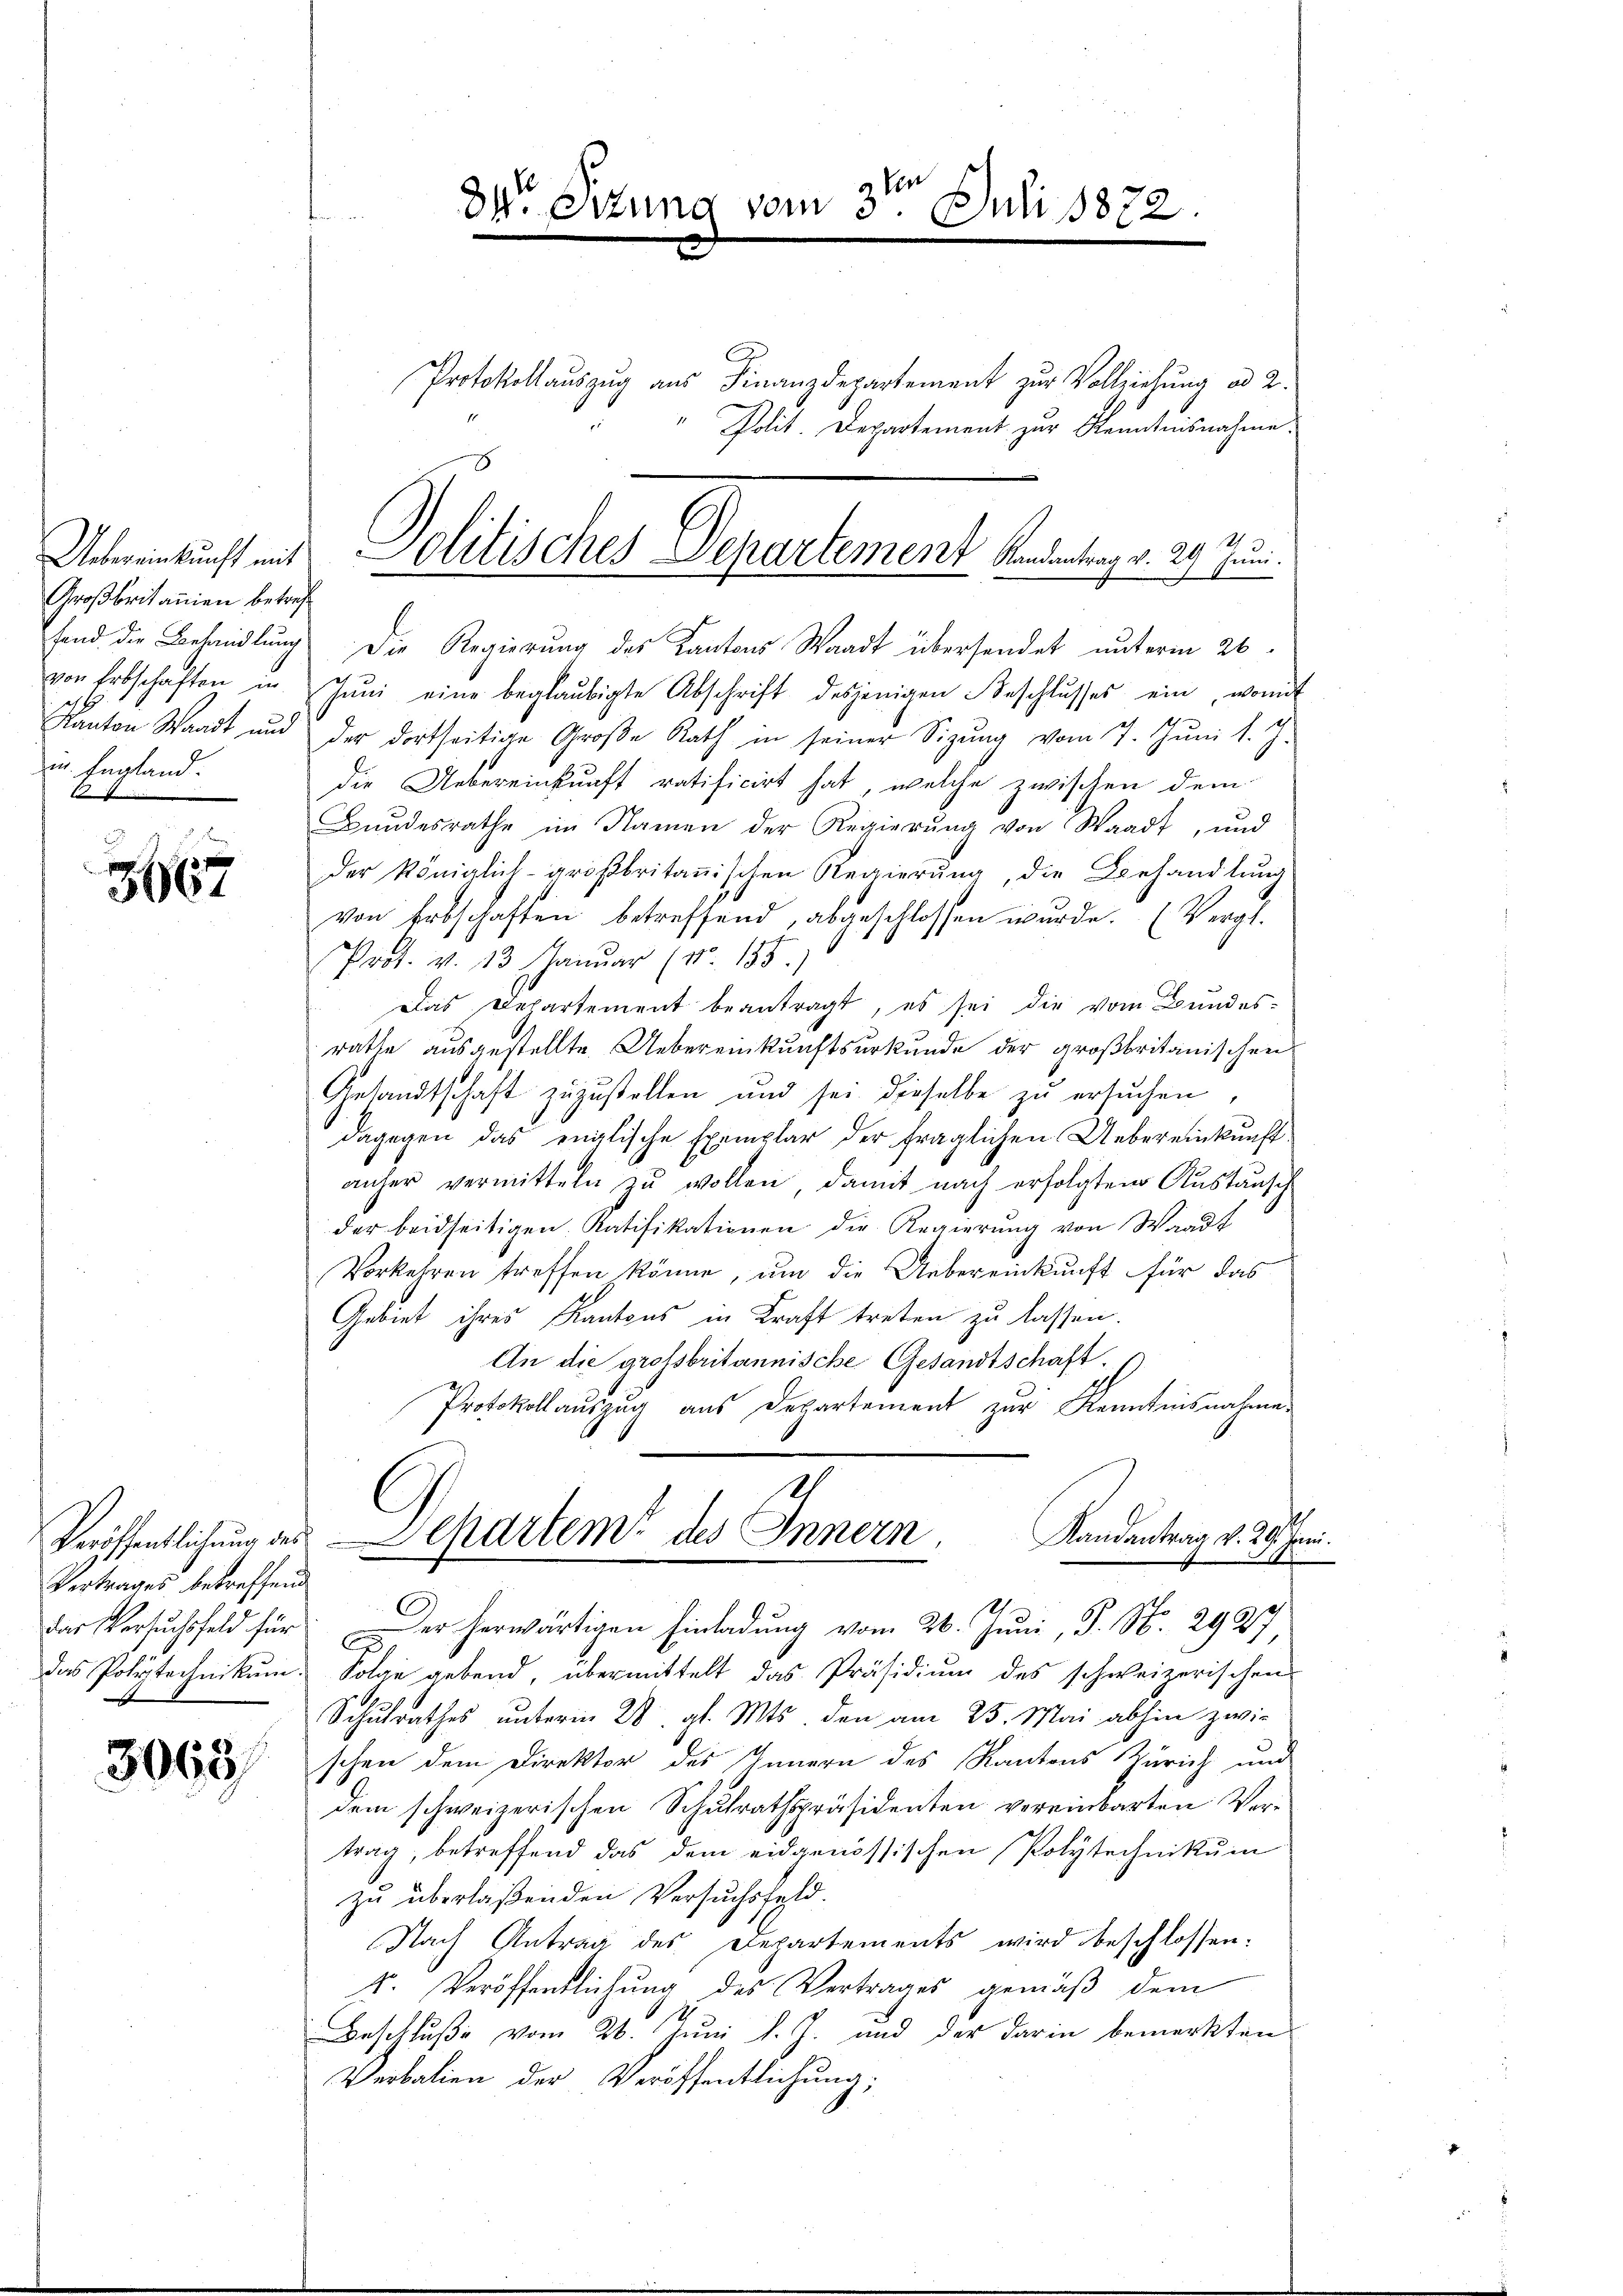
Großbritanien betrefun. England.
E

3667

Vertrages betreffend

3063

2 ten
de Ottung vom 3. Juli 1872.

Protokollauszug aus Finanzdepartement zur Vollziehung ad 2.
" Polit. Departement zur Kenntnisnahme.
fend die Behandlung die Regierung des Kantons Waadt übersendet unterm 26.
von Erbschaften in Jŭni eine beglaubigte Abschrift desjenigen Beschlŭsses ein, womit
Kanton Waadt und der dortseitige Große Rath in seiner Sizŭng vom 7. Jŭni l. J.
die Uebereinkunft ratificirt hat, welche zwischen dem
Bundesrathe im Namen der Regierŭng von Waadt, und
der königlich-gröβbritanischen Regierŭng, die Behandlŭng
von Erbschaften betreffend, abgeschlossen wurde. (Vergl.
Prot. v. 13. Januar (Nr. 135.)
Das Departement beantragt, es sei die vom Bundesrathe ausgestellte Uebereinkunftsurkunde der großbritanischen
Gesandtschaft zuzustellen und sei dieselbe zu ersuchen,
dagegen das englische Exemplar der fraglichen Uebereinkunftanher vermitteln zu wollen, damit nach erfolgten Austausch
der beidseitigen Ratifikationen die Regierŭng von Waadt
Vorkehren treffen könne, um die Uebereinkunft für das
Gebiet ihres Kantons in Kraft treten zu lassen.
An die grossbritannische Gesandtschaft.
Protokollauszug aus Departement zur Kenntnisnahmen
2
Randantrag v. 29. Juni.
Veröffentlichung des Departem des Innern.
das Verschfeld für er herwärtigen Einladung vom 26. Juni, P. Nr. 2927
das Polytechnikum. Folge gebend, übermittelt das Präsidiŭm des schweizerischen
Schulrathes unterm 28. gl. Mts. den am 25. Mai abhin zwi-
schen dem Direktor des Innern des Kantons Zürich und
dem schweizerischen Schulrathspräsidenten vereinbarten Vertrag, betreffend das dem eidgenössischen Polytechnikum
zu überlaßenden Versuchsfeld.
Nach Antrag des Departements wird beschlossen:
v. Veröffentlichung des Vertrages gemäß dem
s
Beschluße vom 26. Juni l. J. und der darin bemerkten
Verbalien der Veröffentlichung;

1
Uebereinkunft mit olitisches Departement Randantrag v. 29. Juni.